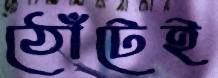
ঠোঁটেই